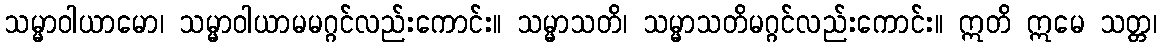
သမ္မာဝါယာမော၊ သမ္မာဝါယာမမဂ္ဂင်လည်းကောင်း။ သမ္မာသတိ၊ သမ္မာသတိမဂ္ဂင်လည်းကောင်း။ ဣတိ ဣမေ သတ္တ၊